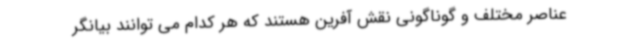
عناصر مختلف و گوناگونی نقش آفرین هستند که هر کدام می توانند بیانگر